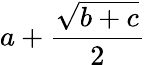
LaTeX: a+\frac{\sqrt{b+c}}{2}